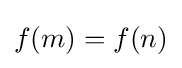
f(m)=f(n)